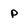
Character: P